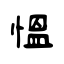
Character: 慍